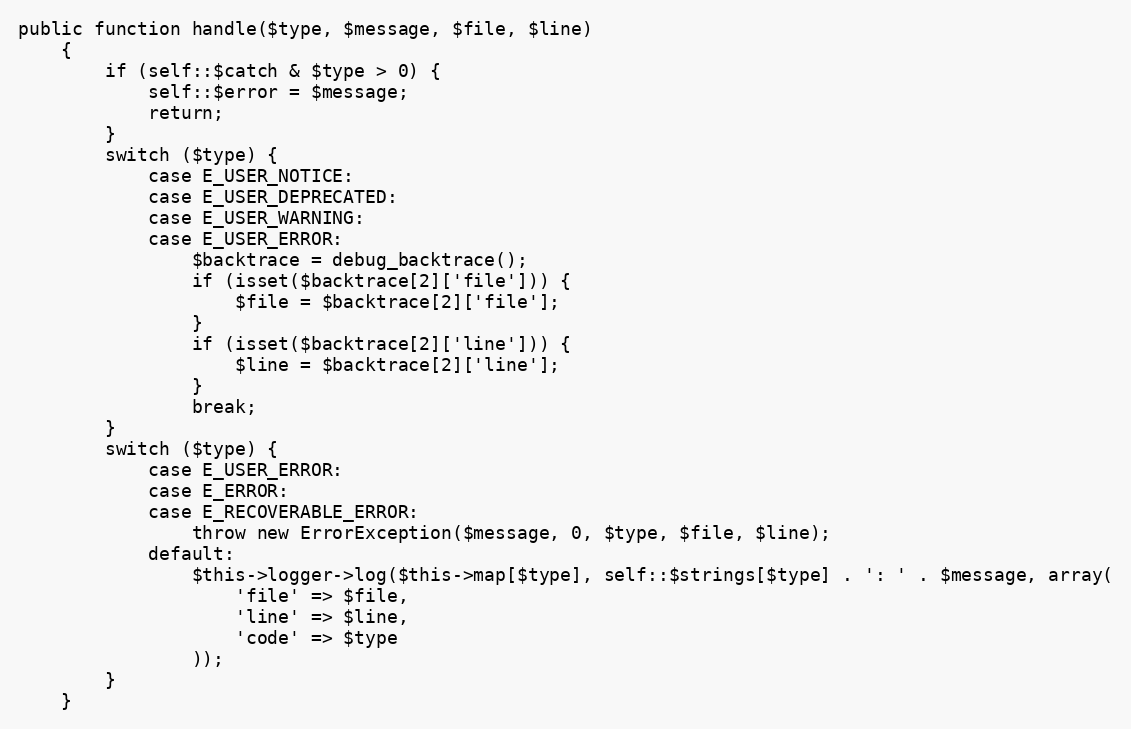
Language: PHP
public function handle($type, $message, $file, $line)
    {
        if (self::$catch & $type > 0) {
            self::$error = $message;
            return;
        }
        switch ($type) {
            case E_USER_NOTICE:
            case E_USER_DEPRECATED:
            case E_USER_WARNING:
            case E_USER_ERROR:
                $backtrace = debug_backtrace();
                if (isset($backtrace[2]['file'])) {
                    $file = $backtrace[2]['file'];
                }
                if (isset($backtrace[2]['line'])) {
                    $line = $backtrace[2]['line'];
                }
                break;
        }
        switch ($type) {
            case E_USER_ERROR:
            case E_ERROR:
            case E_RECOVERABLE_ERROR:
                throw new ErrorException($message, 0, $type, $file, $line);
            default:
                $this->logger->log($this->map[$type], self::$strings[$type] . ': ' . $message, array(
                    'file' => $file,
                    'line' => $line,
                    'code' => $type
                ));
        }
    }